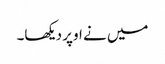
میں نے اوپر دیکھا۔